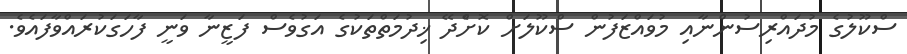
ސްކޫލުގެ މުދައްރިސުންނާއި މުވައްޒަފުން ސްކޫލަށް ކޮށްެދޭ ޚިދުމަތްތަކުގެ އަގުވެސް ފަޒީނާ ވަނީ ފާހަގަކުރައްވާފައެވެ.